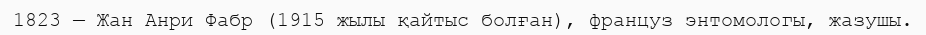
1823 — Жан Анри Фабр (1915 жылы қайтыс болған), француз энтомологы, жазушы.